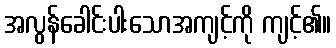
အလွန်ခေါင်းပါးသောအကျင့်ကို ကျင့်၏။